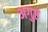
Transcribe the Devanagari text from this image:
अगुष्ठ